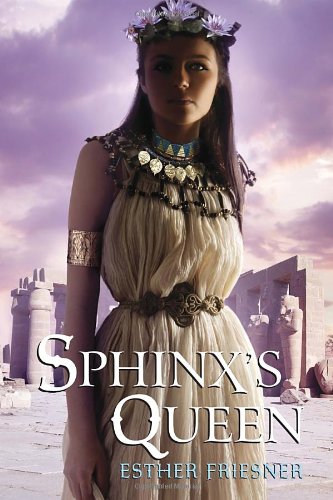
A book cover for Sphinx's Queen (Princesses of Myth); Esther Friesner; Teen & Young Adult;